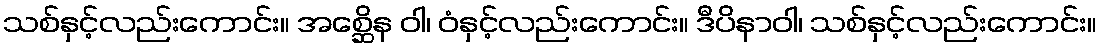
သစ်နှင့်လည်းကောင်း။ အစ္ဆေိန ဝါ၊ ဝံနှင့်လည်းကောင်း။ ဒီပိနာဝါ၊ သစ်နှင့်လည်းကောင်း။